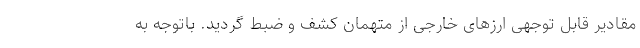
مقادیر قابل توجهی ارزهای خارجی از متهمان کشف و ضبط گردید. باتوجه به